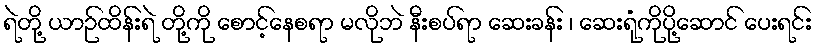
ရဲတို့ ယာဉ်ထိန်းရဲ တို့ကို စောင့်နေစရာ မလိုဘဲ နီးစပ်ရာ ဆေးခန်း ၊ ဆေးရုံကိုပို့ဆောင် ပေးရင်း